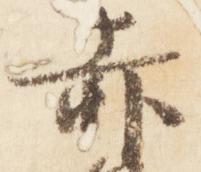
赤